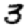
Digit: 3